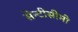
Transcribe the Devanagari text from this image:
सेन्टीसीमी